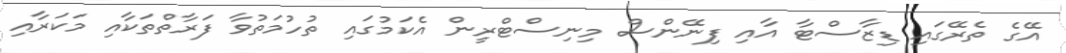
އޭގެ ތެރޭގައި ޑިޒާސްޓާ އާއި ފިނޭންސް މިނިސްޓްރީން އެކަމުގައި ތުހުމަތުވާ ފަރާތްތަކާއި މަކަރާއި